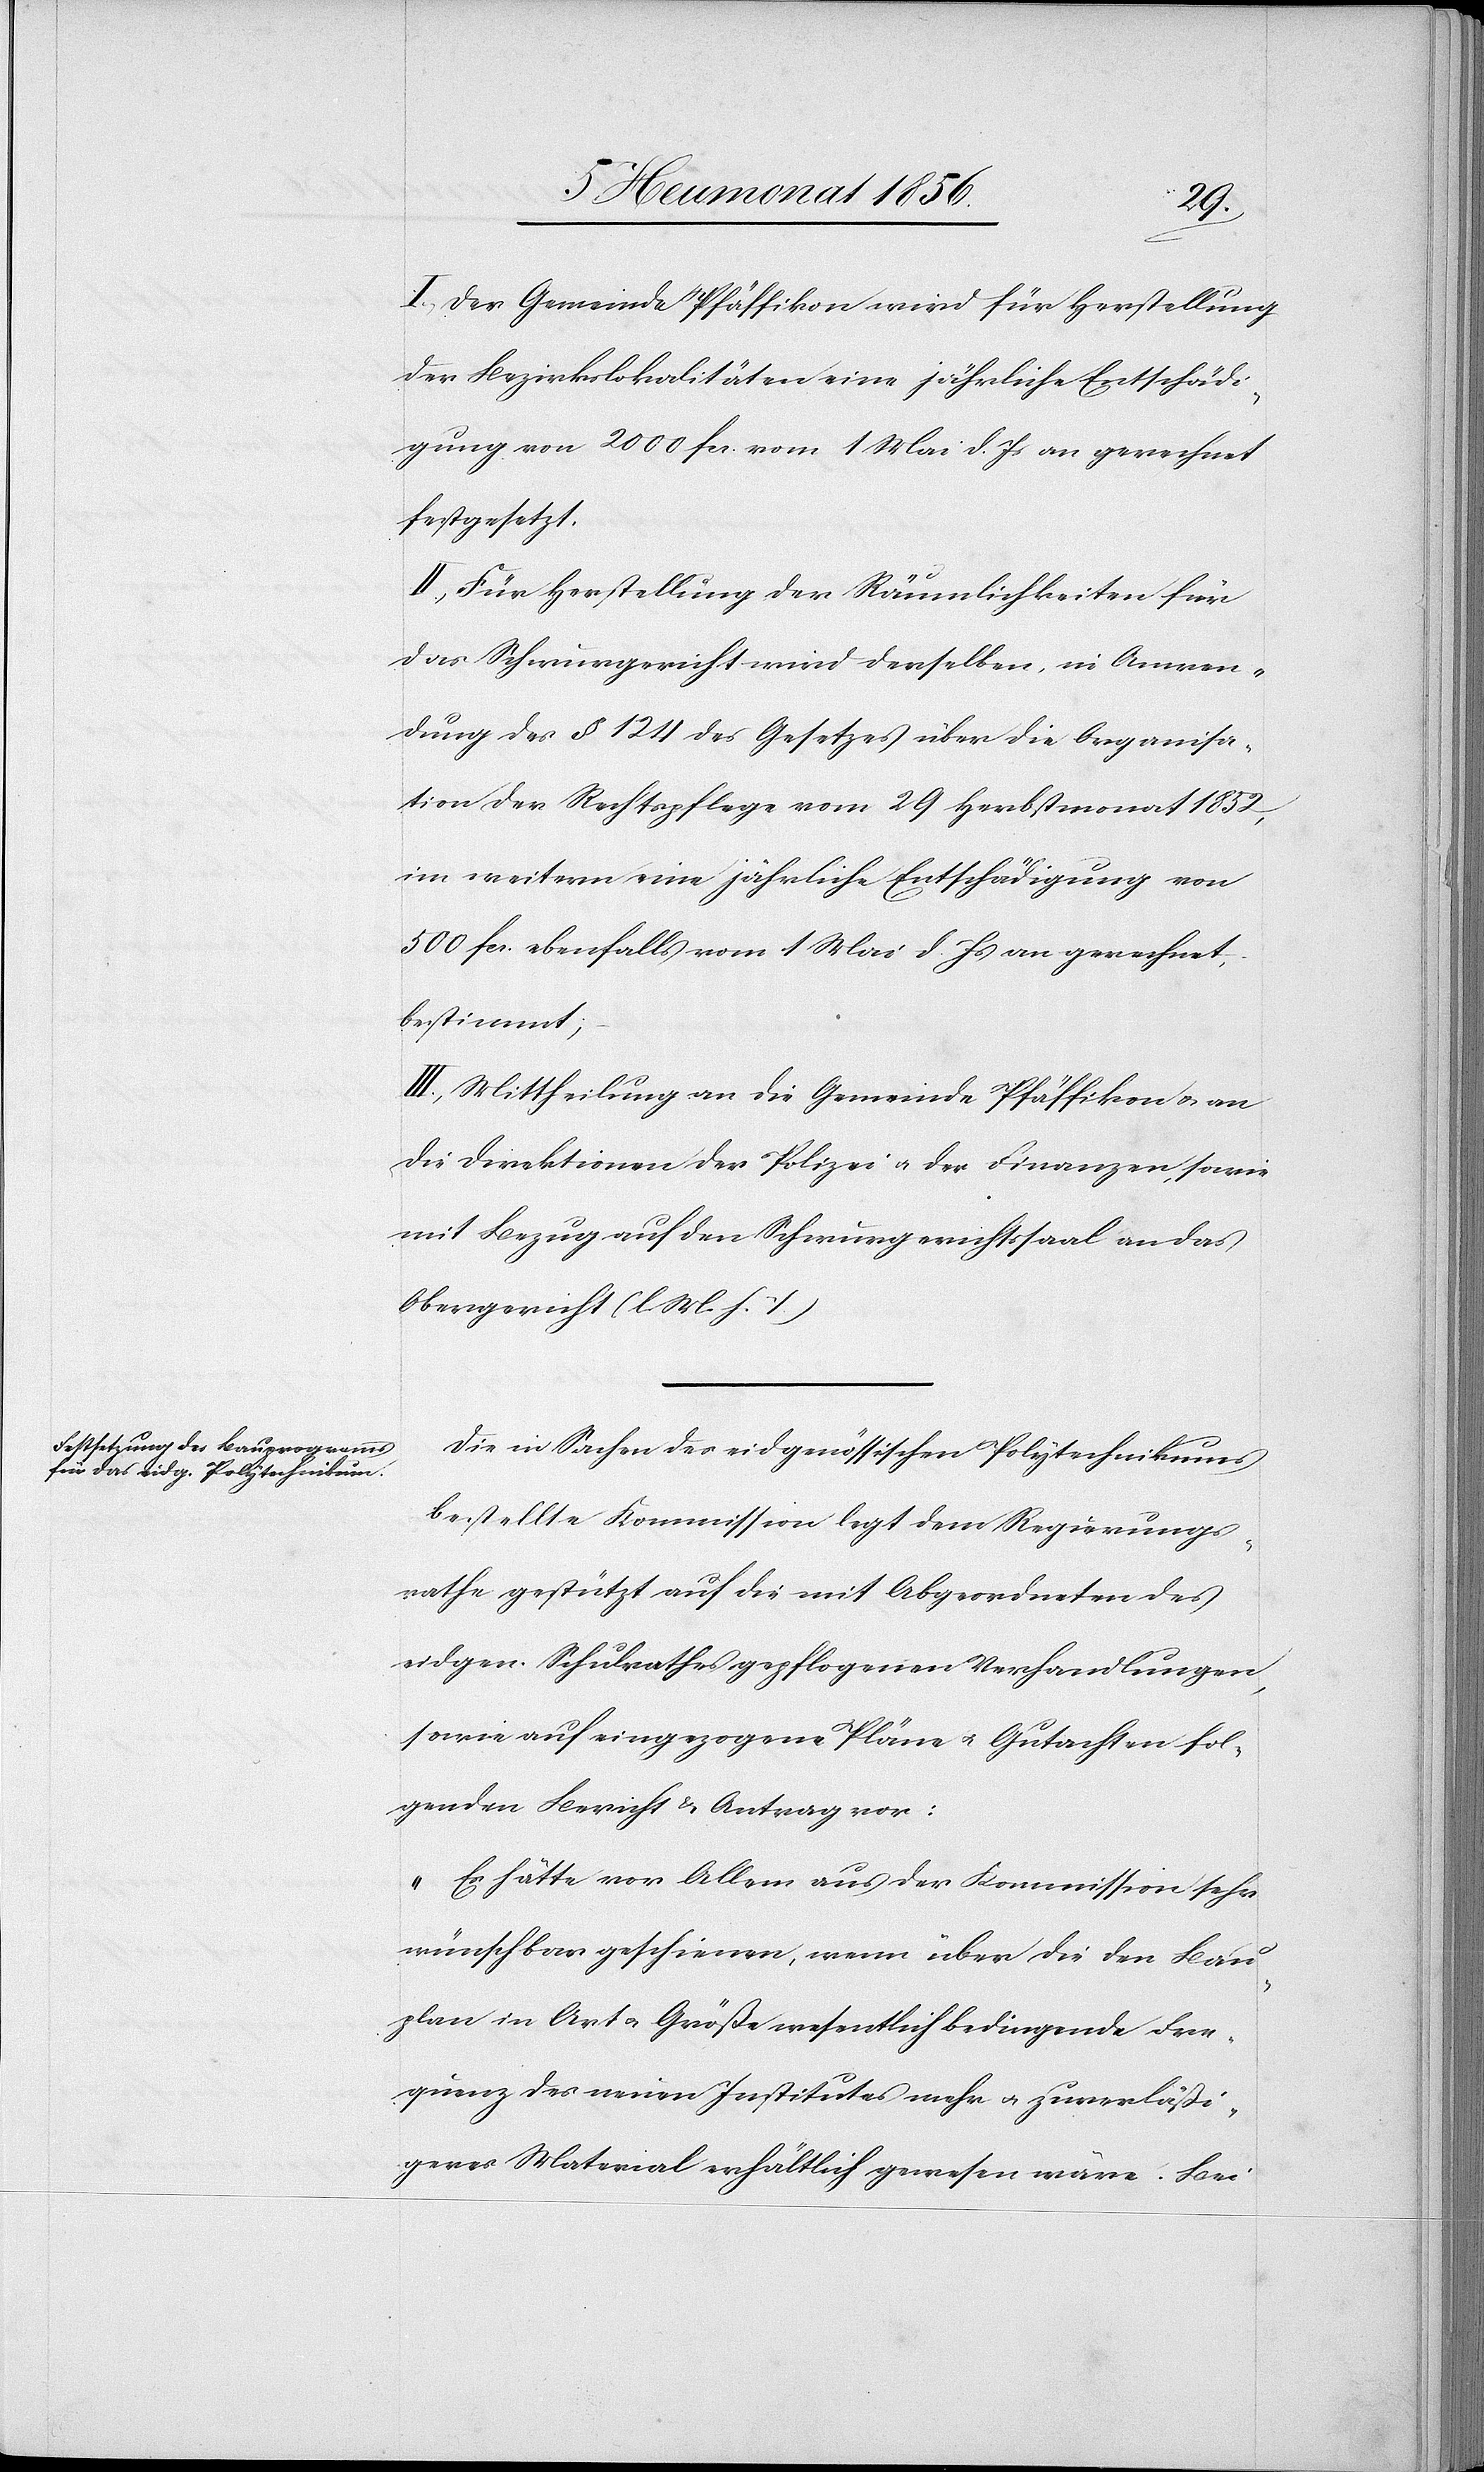
I.) Der Gemeinde Pfäffikon wird für Herstellung
der Bezirkslokalitäten eine jährliche Entschädi¬
gung von 2000 fcs. vom 1 Mai d. Js an gerechnet
festgesetzt.
II.) Für Herstellung der Räumlichkeiten für
das Schwurgericht wird derselben, in Anwen¬
dung des § 124 des Gesetzes über die Organisa¬
tion der Rechtspflege vom 29 Herbstmonat 1852,
im weitern eine jährliche Entschädigung von
500 fcs. ebenfalls vom 1 Mai d. Js an gerechnet,
bestimmt;
III.) Mittheilung an die Gemeinde Pfäffikon u. an
die Direktionen der Polizei u. der Finanzen, sowie
mit Bezug auf den Schwurgerichtssaal an das
Obergericht (l. M. h. T.)
Die in Sachen des eidgenössischen Polytechnikums
bestellte Kommission legt dem Regierungs¬
rathe gestützt auf die mit Abgeordneten des
eidgen. Schulrathes gepflogenen Verhandlungen,
sowie auf eingezogene Pläne u. Gutachten fol¬
genden Bericht & Antrag vor:
„Es hätte vor Allem aus der Kommission sehr
wünschbar geschienen, wenn über die den Bau¬
plan in Art u. Größe wesentlich bedingende Fre¬
quenz des neuen Institutes mehr u. zuverläßi¬
geres Material erhältlich gewesen wäre. Bei